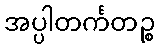
အပ္ပါတင်္ကတဉ္စ